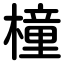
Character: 橦